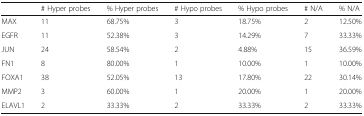
<table><thead><tr><td></td><td><b># Hyper probes</b></td><td><b>% Hyper probes</b></td><td><b># Hypo probes</b></td><td><b>% Hypo probes</b></td><td><b># N/A</b></td><td><b>% N/A</b></td></tr></thead><tbody><tr><td>MAX</td><td>11</td><td>68.75%</td><td>3</td><td>18.75%</td><td>2</td><td>12.50%</td></tr><tr><td>EGFR</td><td>11</td><td>52.38%</td><td>3</td><td>14.29%</td><td>7</td><td>33.33%</td></tr><tr><td>JUN</td><td>24</td><td>58.54%</td><td>2</td><td>4.88%</td><td>15</td><td>36.59%</td></tr><tr><td>FN1</td><td>8</td><td>80.00%</td><td>1</td><td>10.00%</td><td>1</td><td>10.00%</td></tr><tr><td>FOXA1</td><td>38</td><td>52.05%</td><td>13</td><td>17.80%</td><td>22</td><td>30.14%</td></tr><tr><td>MMP2</td><td>3</td><td>60.00%</td><td>1</td><td>20.00%</td><td>1</td><td>20.00%</td></tr><tr><td>ELAVL1</td><td>2</td><td>33.33%</td><td>2</td><td>33.33%</td><td>2</td><td>33.33%</td></tr></tbody></table>